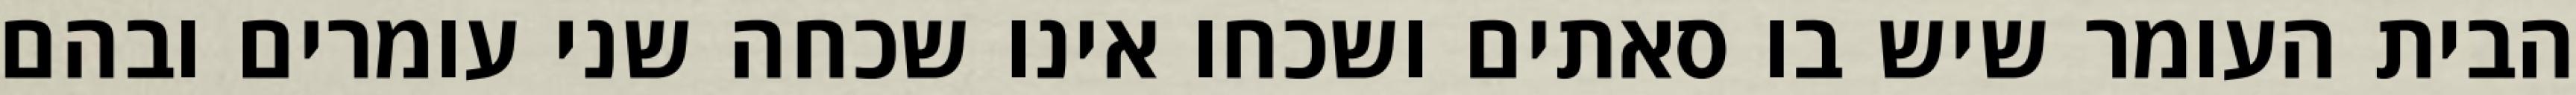
הבית העומר שיש בו סאתים ושכחו אינו שכחה שני עומרים ובהם